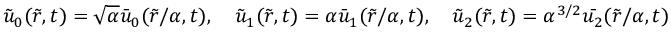
\tilde { u } _ { 0 } ( \tilde { r } , t ) = \sqrt { \alpha } \bar { u } _ { 0 } ( \tilde { r } / \alpha , t ) , \quad \tilde { u } _ { 1 } ( \tilde { r } , t ) = \alpha \bar { u } _ { 1 } ( \tilde { r } / \alpha , t ) , \quad \tilde { u } _ { 2 } ( \tilde { r } , t ) = \alpha ^ { 3 / 2 } \bar { u _ { 2 } } ( \tilde { r } / \alpha , t )